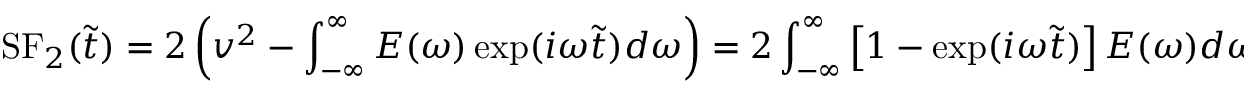
\mathrm { S F } _ { 2 } ( \tilde { t } ) = 2 \left( v ^ { 2 } - \int _ { - \infty } ^ { \infty } E ( \omega ) \exp ( { i \omega \tilde { t } } ) d \omega \right) = 2 \int _ { - \infty } ^ { \infty } \left[ 1 - \exp ( { i \omega \tilde { t } } ) \right] E ( \omega ) d \omega